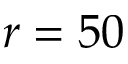
r = 5 0